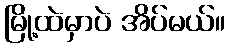
မြို့ထဲမှာပဲ အိပ်မယ်။